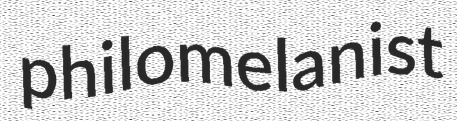
philomelanist